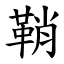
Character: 鞘